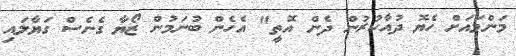
މަންމައަށް ހެޔޮ ދުއާކުރުން ދެން އޮތީ" އެހެން ބުނަމުން ޒޯޔާ ގެނެސް ގަޔާލައި